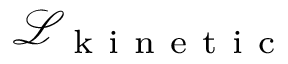
\mathcal { L } _ { \mathrm { ~ k ~ i ~ n ~ e ~ t ~ i ~ c ~ } }